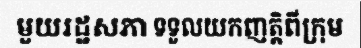
មួយរដ្ឋសភា ទទួលយកញត្តិពីក្រុម